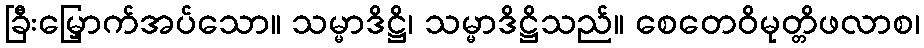
ခြီးမြှောက်အပ်သော။ သမ္မာဒိဋ္ဌိ၊ သမ္မာဒိဋ္ဌိသည်။ စေတေဝိမုတ္တိဖလာစ၊